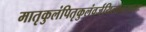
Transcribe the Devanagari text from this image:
मातृकुलंपितृकुलंवर्जयित्वानराधमः